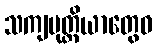
သကျပုတ္တိယာတွေဝ